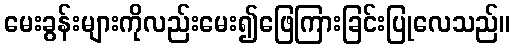
မေးခွန်းများကိုလည်းမေး၍ဖြေကြားခြင်းပြုလေသည်။